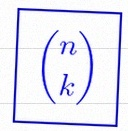
\binom{n}{k}